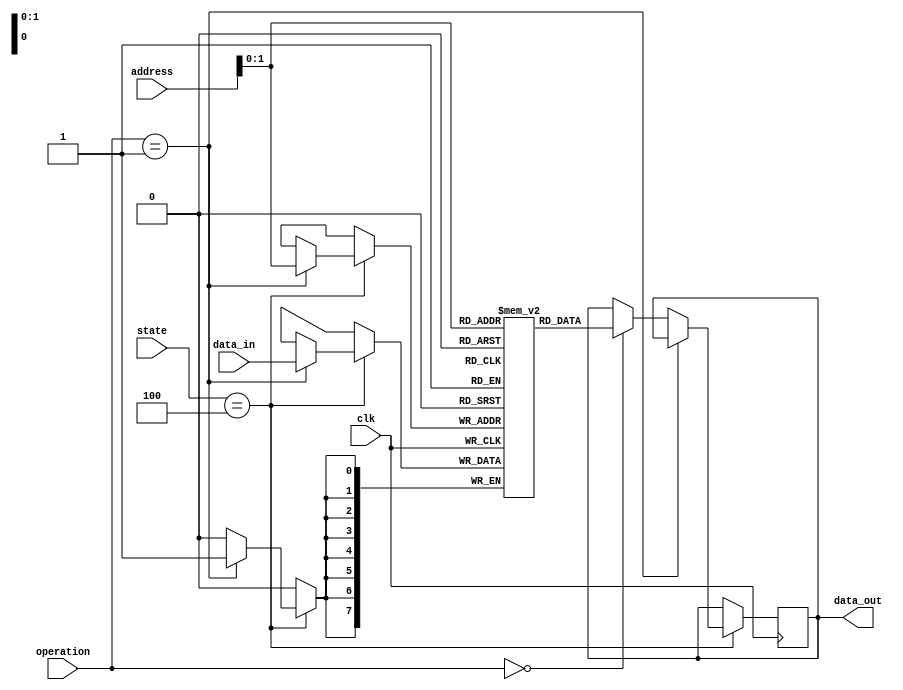
`timescale 1ns / 1ps

// Memory operation types
`define MEM_READ  2'b00
`define MEM_WRITE 2'b01
`define MEM_IDLE  2'b10

// Processor states
`define STATE_IF 0
`define STATE_ID 1
`define STATE_RF 2
`define STATE_EX 3
`define STATE_MEM 4
`define STATE_WB 5
`define STATE_OUTPUT 6

module memory(
    input clk,
    input [2:0] state,
    input [7:0] address,
    input [1:0] operation,
    input [7:0] data_in,
    output reg [7:0] data_out
);

    reg [7:0] memory_array [0:2]; // 3 memory locations

    // Initialize memory content
    initial begin
        memory_array[0] = 8'b11101100;
        memory_array[1] = 8'b00001010;
        memory_array[2] = 8'b00000010;
    end

    // Memory operation
    always @ (posedge clk) begin
        if (state == `STATE_MEM) begin
            if (operation == `MEM_WRITE) begin
                memory_array[address] <= data_in;
            end
            else if (operation == `MEM_READ) begin
                data_out <= memory_array[address];
            end
        end
    end

endmodule